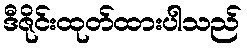
ဒီဇိုင်းထုတ်ထားပါသည်